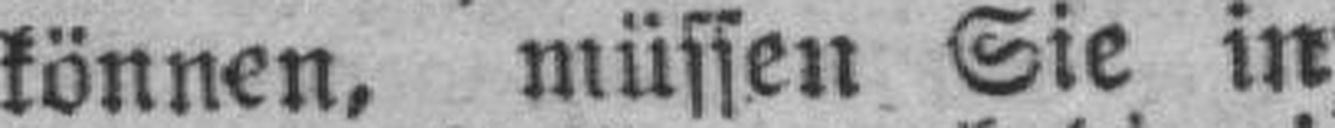
können, müssen Sie in